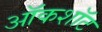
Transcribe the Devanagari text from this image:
ऑकशॉट